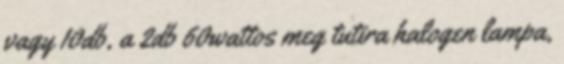
vagy 10db, a 2db 60wattos meg tutira halogen lampa,